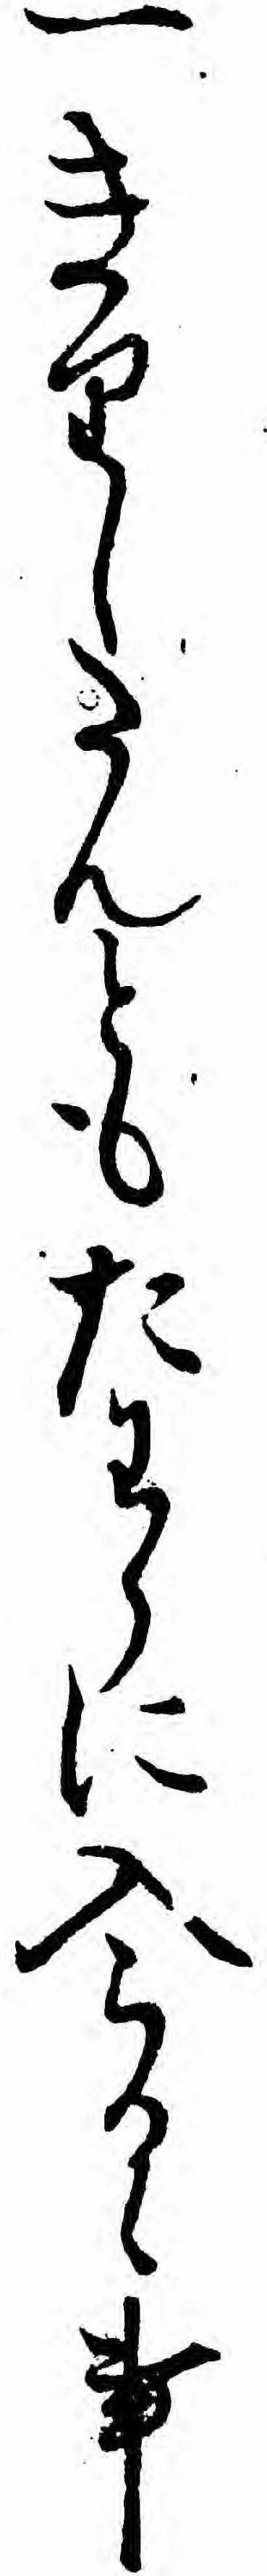
一きりしたんともたわらに入らるゝ事